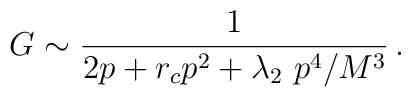
G\sim \frac{1}{2p+r_cp^2+\lambda_2~p^{4}/M^3}\,.